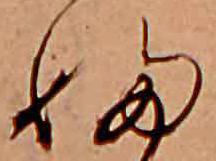
ふ